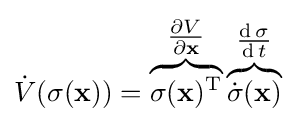
{\dot {V}}(\sigma (\mathbf {x} ))=\overbrace {\sigma (\mathbf {x} )^{\text{T}}} ^{\tfrac {\partial V}{\partial \mathbf {x} }}\overbrace {{\dot {\sigma }}(\mathbf {x} )} ^{\tfrac {\operatorname {d} \sigma }{\operatorname {d} t}}